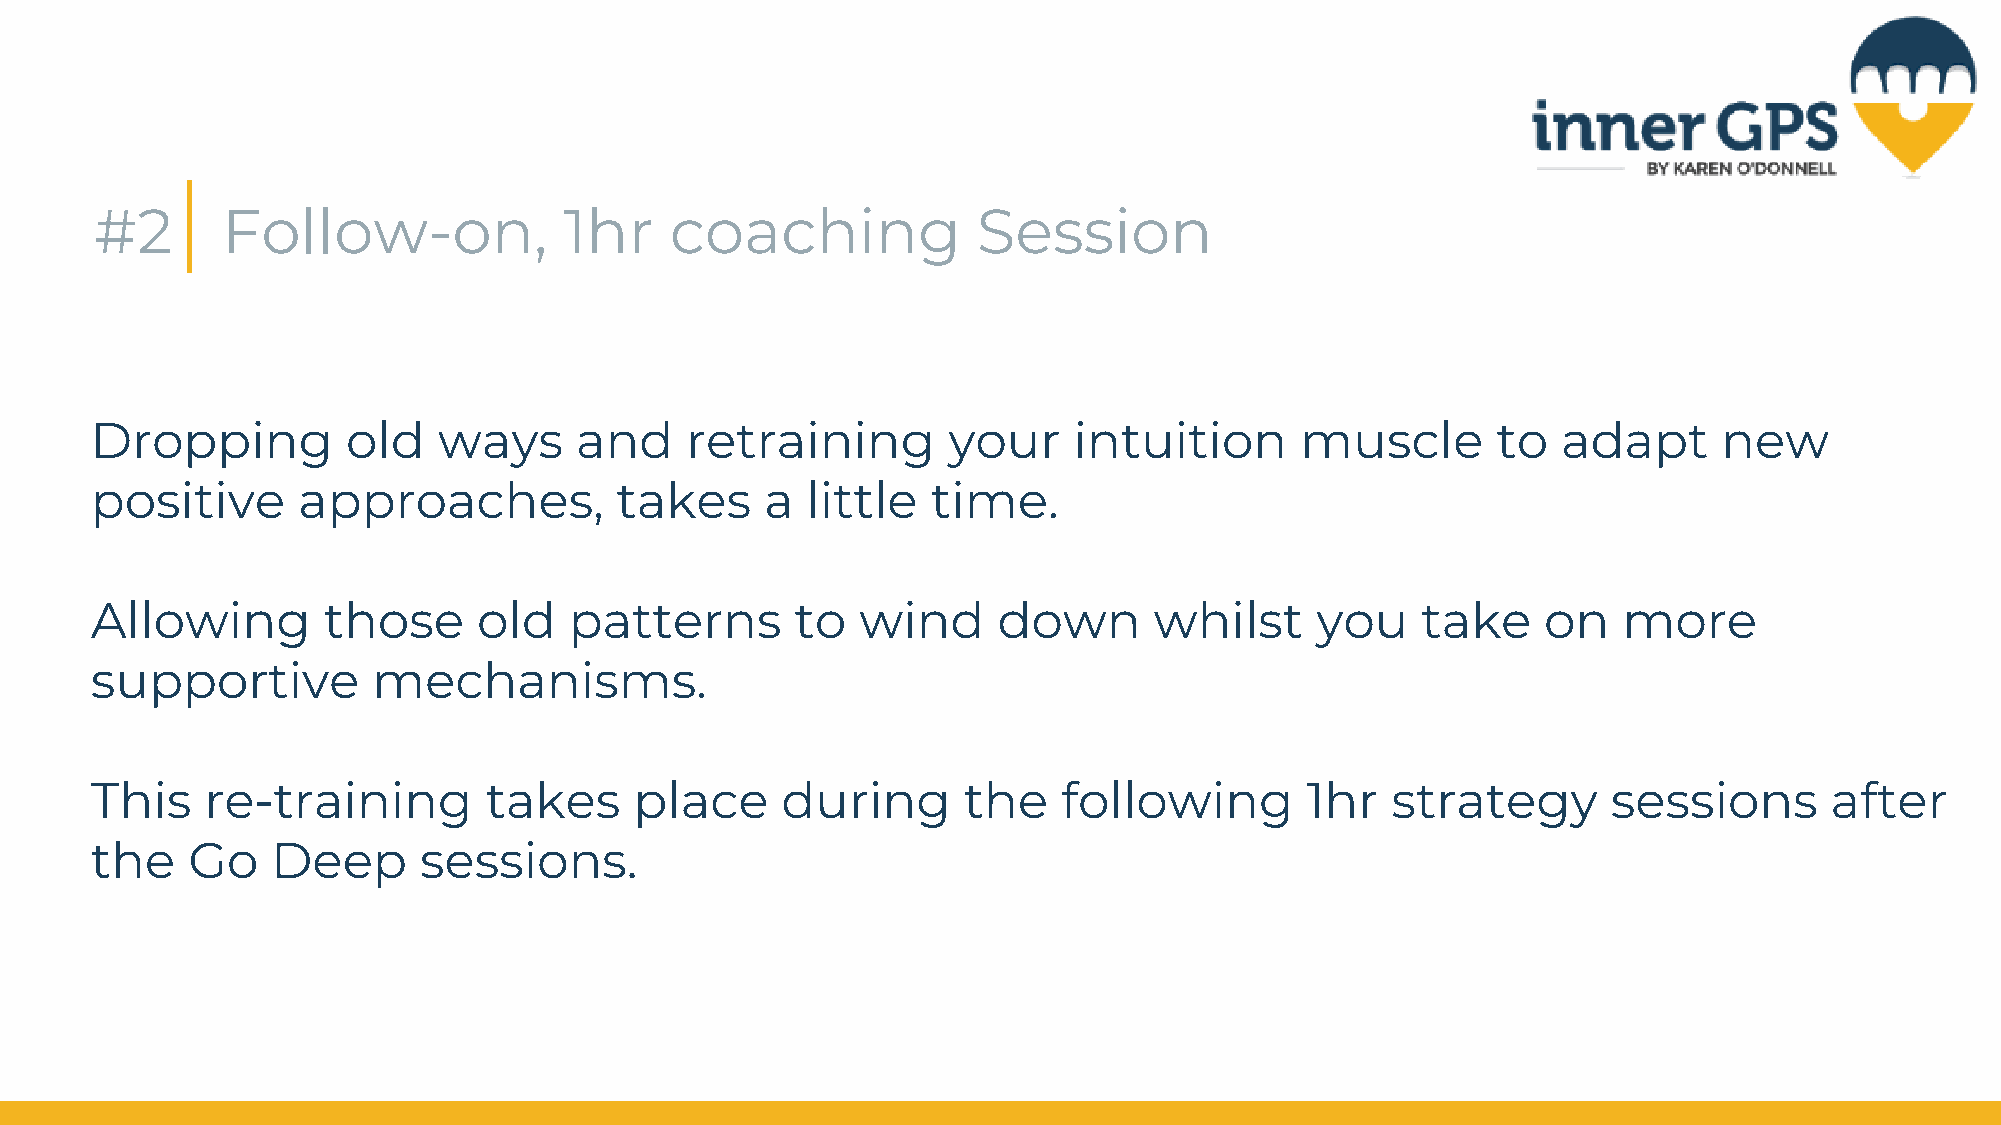
#2       Follow-on,            1hr    coaching             Session
 Dropping         old   ways     and    retraining        your    intuition      muscle       to  adapt      new
 positive      approaches,          takes     a little   time.
 Allowing       those      old   patterns       to  wind     down      whilst     you    take    on   more
 supportive         mechanisms.
 This    re-training       takes     place     during      the   following       1hr   strategy       sessions      after
 the   Go    Deep      sessions.